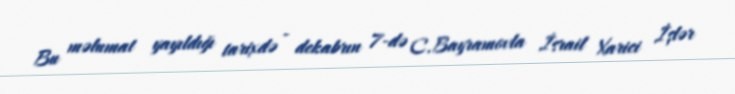
Bu məlumat yayıldığı tarixdə - dekabrın 7-də C.Bayramovla İsrail Xarici İşlər